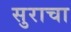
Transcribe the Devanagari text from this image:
सुराचा